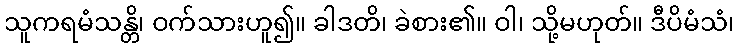
သူကရမံသန္တိ၊ ဝက်သားဟူ၍။ ခါဒတိ၊ ခဲစား၏။ ဝါ၊ သို့မဟုတ်။ ဒီပိမံသံ၊